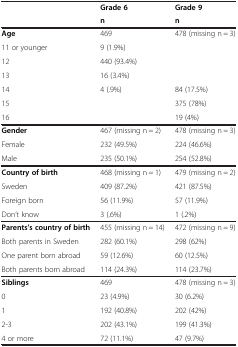
|  | Grade 6 | Grade 9 |
 |  | n | n |
 | --- | --- | --- |
 | Age | 469 | 478 (missing n = 3) |
 | 11 or younger | 9 (1.9%) |  |
 | 12 | 440 (93.4%) |  |
 | 13 | 16 (3.4%) |  |
 | 14 | 4 (.9%) | 84 (17.5%) |
 | 15 |  | 375 (78%) |
 | 16 |  | 19 (4%) |
 | Gender | 467 (missing n = 2) | 478 (missing n = 3) |
 | Female | 232 (49.5%) | 224 (46.6%) |
 | Male | 235 (50.1%) | 254 (52.8%) |
 | Country of birth | 468 (missing n = 1) | 479 (missing n = 2) |
 | Sweden | 409 (87.2%) | 421 (87.5%) |
 | Foreign born | 56 (11.9%) | 57 (11.9%) |
 | Don’t know | 3 (.6%) | 1 (.2%) |
 | Parents’s country of birth | 455 (missing n = 14) | 472 (missing n = 9) |
 | Both parents in Sweden | 282 (60.1%) | 298 (62%) |
 | One parent born abroad | 59 (12.6%) | 60 (12.5%) |
 | Both parents born abroad | 114 (24.3%) | 114 (23.7%) |
 | Siblings | 469 | 478 (missing n = 3) |
 | 0 | 23 (4.9%) | 30 (6.2%) |
 | 1 | 192 (40.8%) | 202 (42%) |
 | 2-3 | 202 (43.1%) | 199 (41.3%) |
 | 4 or more | 72 (11.1%) | 47 (9.7%) |